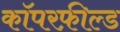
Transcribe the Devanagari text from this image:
कॉपरफ़ील्ड